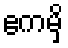
ဧကမှိ